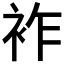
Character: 𧙓